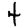
Digit: 4